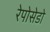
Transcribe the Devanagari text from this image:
रेपोसेडो